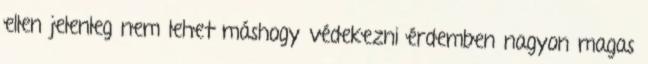
ellen jelenleg nem lehet máshogy védekezni érdemben nagyon magas